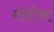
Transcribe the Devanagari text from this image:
मोदीना